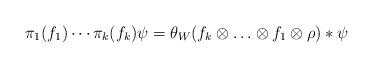
LaTeX: \begin{align*} \pi_1(f_1) \cdots \pi_k(f_k) \psi = \theta_W( f_k \otimes \ldots \otimes f_1 \otimes \rho) * \psi \end{align*}